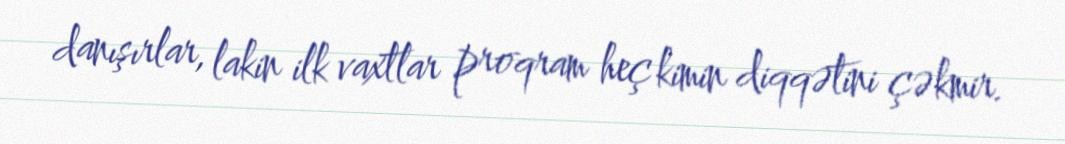
danışırlar, lakin ilk vaxtlar proqram heç kimin diqqətini çəkmir.